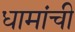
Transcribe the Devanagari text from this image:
धामांची